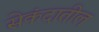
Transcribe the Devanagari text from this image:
सेकंदातील